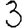
Digit: 3